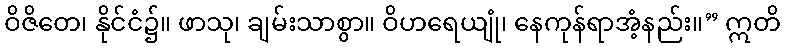
ဝိဇိတေ၊ နိုင်ငံ၌။ ဖာသု၊ ချမ်းသာစွာ။ ဝိဟရေယျုံ၊ နေကုန်ရာအံ့နည်း။” ဣတိ